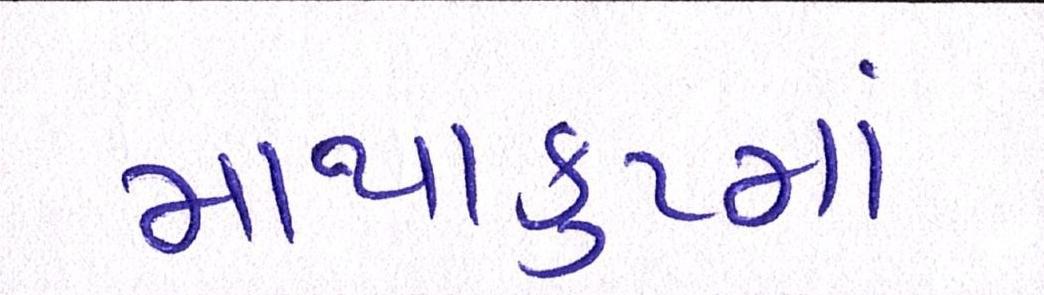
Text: માથાકુટમાં